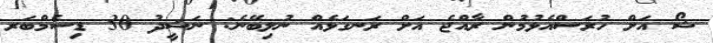
ޝޯ އަށް ހުރަސްއެޅުމުން ރާއްޖެ އަށް ރަނގަޅެއް ނުލިބޭނެ: ނަޝީދު 30 ޑިސެމްބަރ